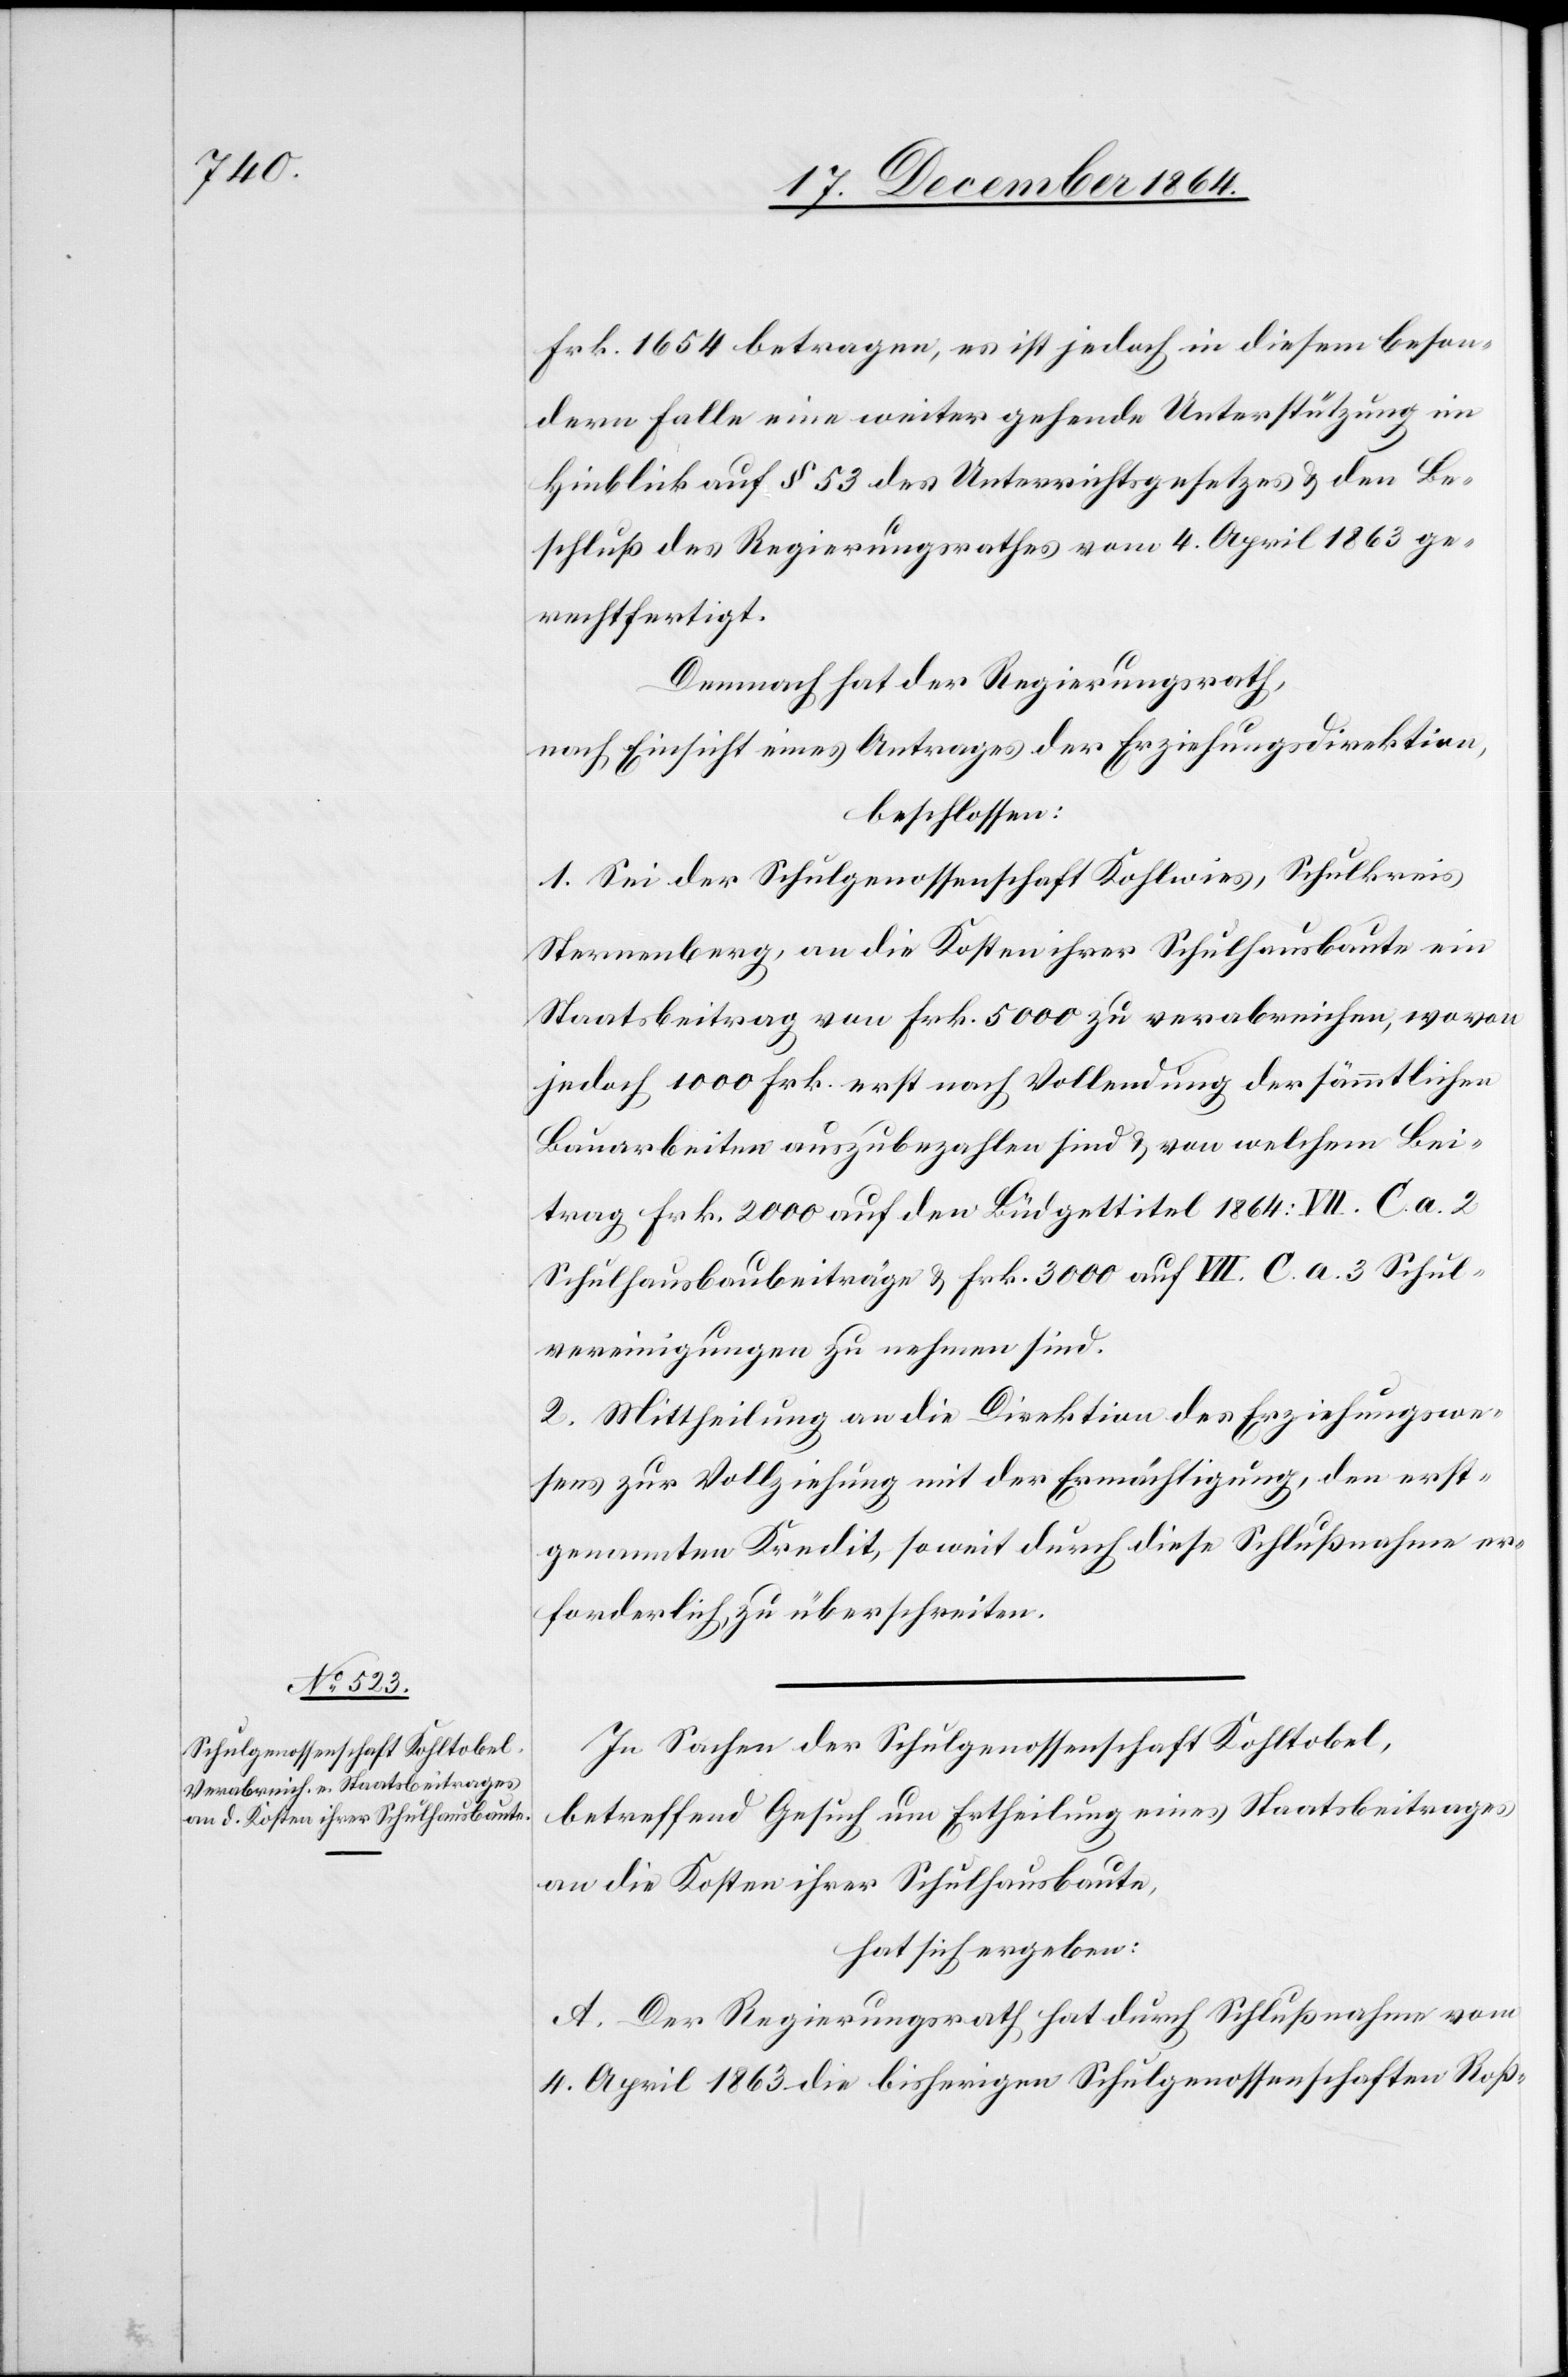
Frk. 1 654 betragen, es ist jedoch in diesem beson¬
dern Falle eine weiter gehende Unterstützung im
Hinblick auf § 53 des Unterrichtsgesetzes & den Be¬
schluß des Regierungsrathes vom 4. April 1863 ge¬
rechtfertigt.
Demnach hat der Regierungsrath,
nach Einsicht eines Antrages der Erziehungsdirektion,
beschlossen:
1. Sei der Schulgenossenschaft Kohlwies, Schulkreis
Sternenberg, an die Kosten ihrer Schulhausbaute ein
Staatsbeitrag von Frk. 5 000 zu verabreichen, wovon
jedoch 1 000 Frk. erst nach Vollendung der sämmtlichen
Bauarbeiten auszubezahlen sind & welchem Bei¬
trag Frk. 2 000 auf den Büdgettitel 1864: VII. C. a. 2
Schulhausbaubeiträge & Frk. 3 000 auf VII. C. a. 3 Schul¬
vereinigungen zu nehmen sind.
2. Mittheilung an die Direktion des Erziehungswe¬
sens zur Vollziehung mit der Ermächtigung, den erst¬
genannten Kredit, soweit durch diese Schlußnahme er¬
forderlich, zu überschreiten.
In Sachen der Schulgenossenschaft Kohltobel,
betreffend Gesuch um Ertheilung eines Staatsbeitrages
an die Kosten ihrer Schulhausbaute,
hat sich ergeben:
A. Der Regierungsrath hat durch Schlußnahme vom
4. April 1863 die bisherigen Schulgenossenschaften Roß-